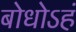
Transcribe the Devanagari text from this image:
बोधोऽहं